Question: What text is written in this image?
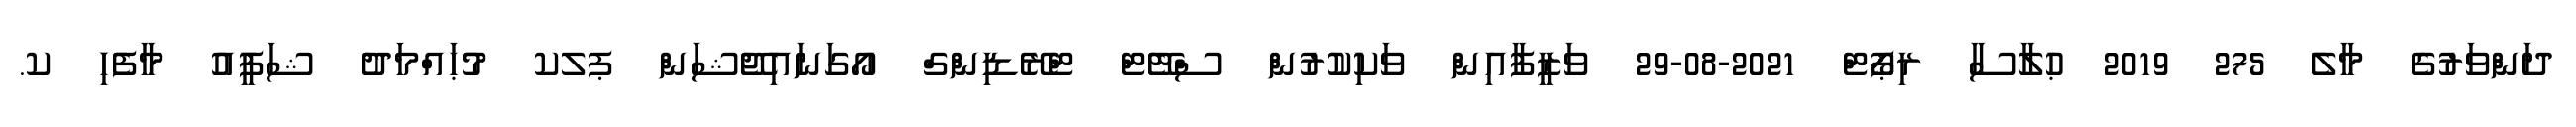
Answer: ދަންވަރުގެ މާލެ 275 2019 ޙުލާސާ ރިޕޯޓް 2021-08-29 ވަޒީފާއިން ވަކިކުރުން ސްޓޭޓް ޓްރޭޑިންގް އޯގަނައިޖޭޝަން ޕލކ މުޙައްމަދު ޝަފީއު މާފެހި ކ.